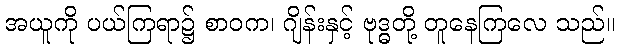
အယူကို ပယ်ကြရာ၌ စာဝက၊ ဂျိန်းနှင့် ဗုဒ္ဓတို့ တူနေကြလေ သည်။